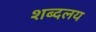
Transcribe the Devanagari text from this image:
शब्दलय